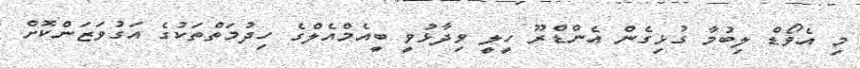
މި އެވޯޑް ލިބުމާ ގުޅިގެން އެންޑްރޫ ހީލީ ވިދާޅުވީ ބީއެމްއެލްގެ ހިދުމަތްތަކުގެ އަގުވަޒަންކޮށް